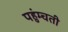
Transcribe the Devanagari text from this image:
पहुंम्चती